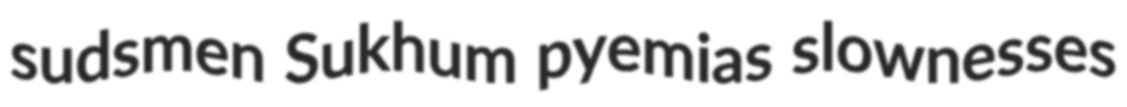
sudsmen Sukhum pyemias slownesses